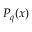
P _ { q } ( x )